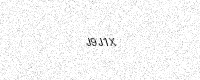
Text: J9J1X